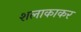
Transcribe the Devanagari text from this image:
शलाकाकर